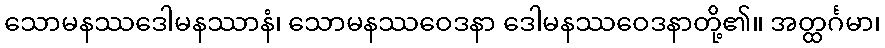
သောမနဿဒေါမနဿာနံ၊ သောမနဿဝေဒနာ ဒေါမနဿဝေဒနာတို့၏။ အတ္ထင်္ဂမာ၊